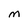
Character: M